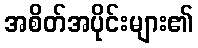
အစိတ်အပိုင်းများ၏